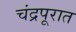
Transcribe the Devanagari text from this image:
चंद्रपूरात